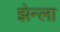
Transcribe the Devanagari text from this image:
झेन्ला